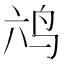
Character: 𮭣